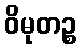
ဝိမုတဉ္စ